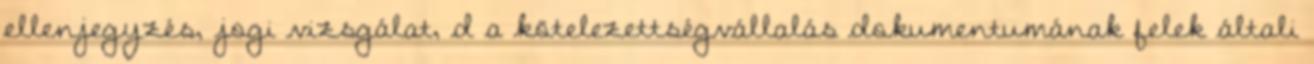
ellenjegyzés, jogi vizsgálat, d a kötelezettségvállalás dokumentumának felek általi